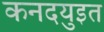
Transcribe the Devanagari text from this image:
कनदयुइत